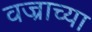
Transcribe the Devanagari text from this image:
वज्राच्या